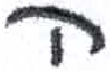
אות: ה